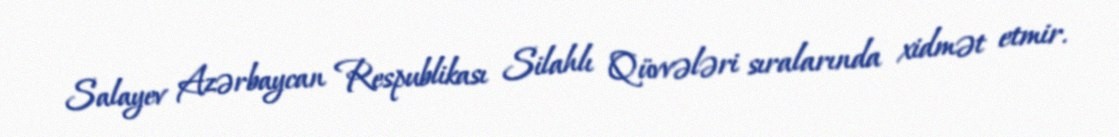
Salayev Azərbaycan Respublikası Silahlı Qüvvələri sıralarında xidmət etmir.